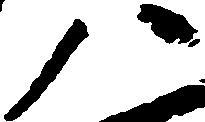
八